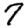
Digit: 7